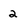
Character: 2